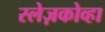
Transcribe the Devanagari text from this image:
स्लेज़कोव्हा